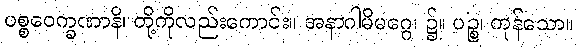
ပစ္စဝေက္ခဏာနိ၊ တို့ကိုလည်းကောင်း။ အနာဂါမိမဂ္ဂေ၊ ၌။ ပဉ္စ၊ ကုန်သော။